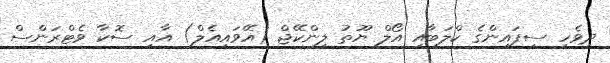
ދިވެހި ސިފައިންގެ ކްލަބާއި އޯލް ޔޫތު ލިންކޭޖް (އޭވައިއެލް) އާއި ސޮކާ ވެޓްރަންސް